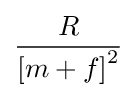
{\frac {R}{\left[m+f\right]^{2}}}